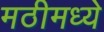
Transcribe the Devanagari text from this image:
मठीमध्ये